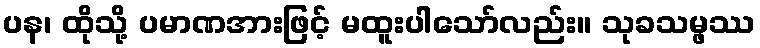
ပန၊ ထိုသို့ ပမာဏအားဖြင့် မထူးပါသော်လည်း။ သုခသမ္ဖဿ